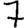
Digit: 7